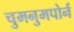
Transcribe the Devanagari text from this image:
चुमनुमपोर्न